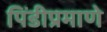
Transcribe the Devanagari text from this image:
पिंडीप्रमाणे